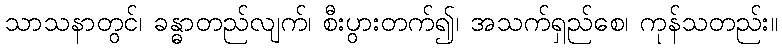
သာသနာတွင်၊ ခန္ဓာတည်လျက်၊ စီးပွားတက်၍၊ အသက်ရှည်စေ၊ ကုန်သတည်း။